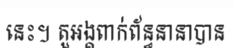
នេះ។ តួអង្គពាក់ព័ន្ធនានាបាន